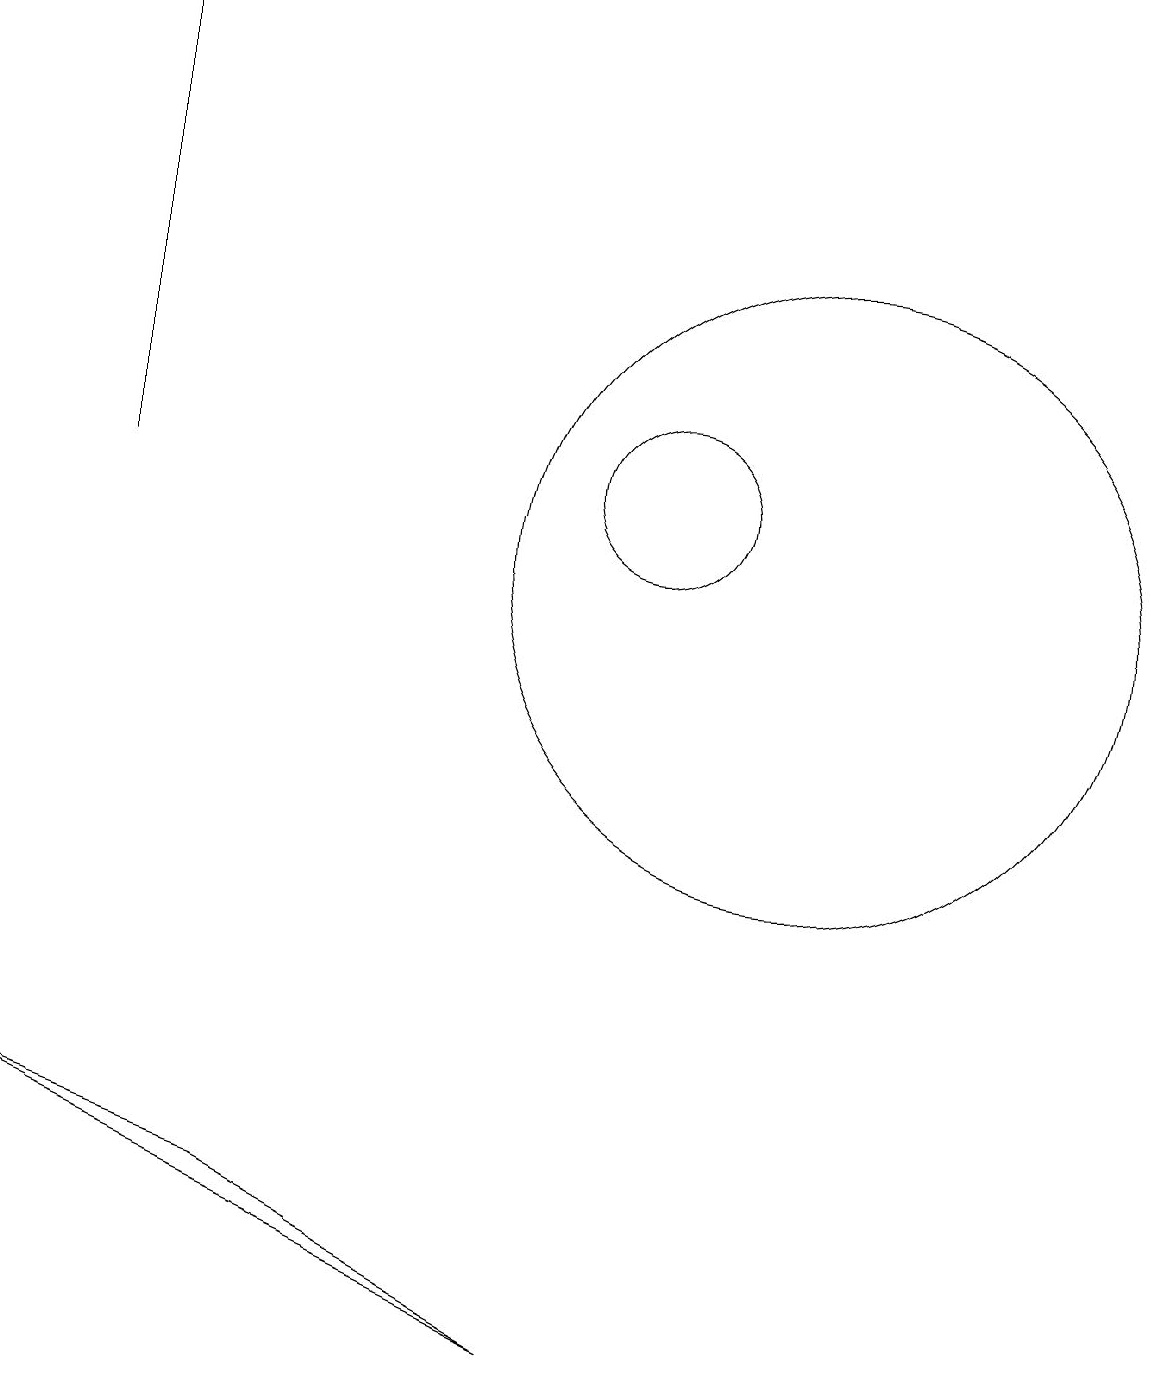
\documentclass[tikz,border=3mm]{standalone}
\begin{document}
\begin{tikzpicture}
\draw (12,11) circle (4);
\draw (3,12) rectangle (3,18);
\draw (2,4) -- (9,1) -- (5,3) -- cycle;
\draw (10,12) circle (1);
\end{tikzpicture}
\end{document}